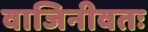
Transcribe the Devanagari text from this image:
वाजिनीवतः